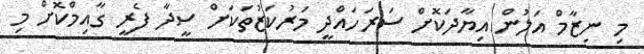
މި ނިޒާމް އަލުން އިޔާދަކޮށް ސަރަހައްދީ މަރުކަޒުތަކަށް ސީދާ ފެރީ ގާއިމްކޮށް މި